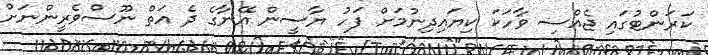
ކަރަންޓުގައި ޖެއްސި ވާހަކަ ކިޔައިދިނުމަށް ފަހު ޔާސީން އޭނާގެ ދެ އަތް ނޫސްވެރީންނަށް